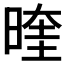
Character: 𭦭